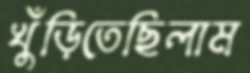
খুঁড়িতেছিলাম